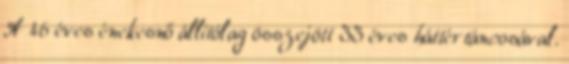
A 46 éves énekesnő állítólag összejött 33 éves háttértáncosával.